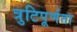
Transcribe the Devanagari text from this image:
त्रुटिपूर्णता